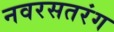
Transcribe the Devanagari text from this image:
नवरसतरंग